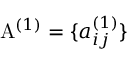
\mathrm { A } ^ { ( 1 ) } = \{ a _ { i j } ^ { ( 1 ) } \}